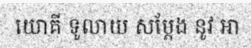
យោគី ទូលាយ សម្តែង នូវ ឤ